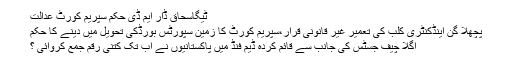
ٹیگاسحاق ڈار ایم ڈی حکم سپریم کورٹ عدالت
پچھلا گن اینڈکنٹری کلب کی تعمیر غیر قانونی قرار،سپریم کورٹ کا زمین سپورٹس بورڈکی تحویل میں دینے کا حکم
اگلا چیف جسٹس کی جانب سے قائم کردہ ڈیم فنڈ میں پاکستانیوں نے اب تک کتنی رقم جمع کروائی ؟